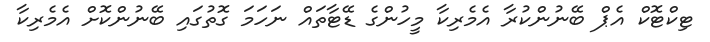
ޓިކްޓޮކް އެޕް ބޭނުންކުރާ އެމެރިކާ މީހުންގެ ޑޭޓާތައް ނަހަމަ ގޮތުގައި ބޭނުންކޮށް އެމެރިކާ